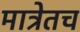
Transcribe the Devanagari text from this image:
मात्रेतच